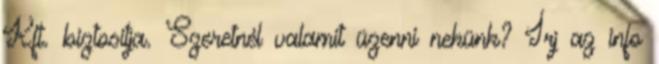
Kft. biztosítja. Szeretnél valamit üzenni nekünk? Írj az info